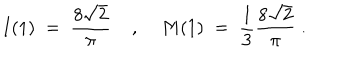
I ( 1 ) \; = \; \frac { 8 \sqrt { 2 } } { \pi } \; , \; M ( 1 ) \; = \; \frac { 1 } { 3 } \frac { 8 \sqrt { 2 } } { \pi } \; .